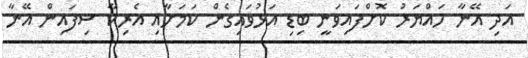
އަދި އޭނާ ހައްޔަރު ކޮށްފައިވަނީ ބިޑި އަޅުވައިގެން ކަމަށާއި އެރިކާ ސިފައިން އޭނާ